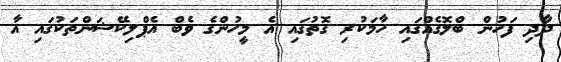
ދާދި ފަހުން ބްލޮގެއްގައި ހާމަކުރި ގޮތުގައި އެ މީހުންގެ ވެބް އެޕްލިކޭޝަންތަކުގައި އާ